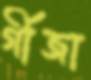
র্গীজা